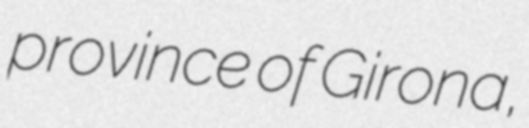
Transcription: province of Girona,